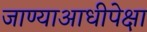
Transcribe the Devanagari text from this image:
जाण्याआधीपेक्षा